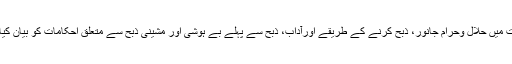
ان مقالات میں حلال وحرام جانور، ذبح کرنے کے طریقے اورآداب، ذبح سے پہلے بے ہوشی اور مشینی ذبح سے متعلق احکامات کو بیان کیا گیا ہے۔